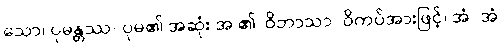
သော၊ ပုမန္တဿ- ပုမ၏ အဆုံး အ ၏၊ ဝိဘာသာ- ဝိကပ်အားဖြင့်၊ အံ- အံ